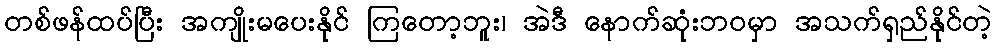
တစ်ဖန်ထပ်ပြီး အကျိုးမပေးနိုင် ကြတော့ဘူး၊ အဲဒီ နောက်ဆုံးဘဝမှာ အသက်ရှည်နိုင်တဲ့